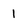
Character: 1